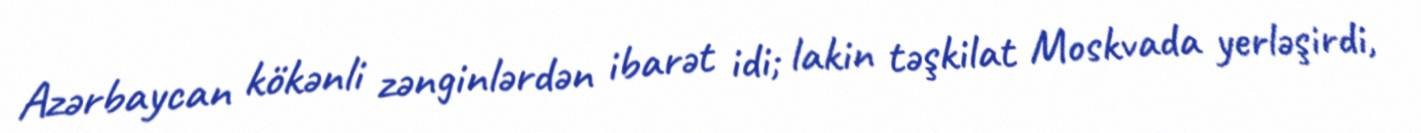
Azərbaycan kökənli zənginlərdən ibarət idi; lakin təşkilat Moskvada yerləşirdi,